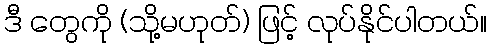
ဒီ တွေကို (သို့မဟုတ်) ဖြင့် လုပ်နိုင်ပါတယ်။